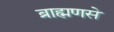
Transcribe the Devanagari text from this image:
ब्राह्मणसे